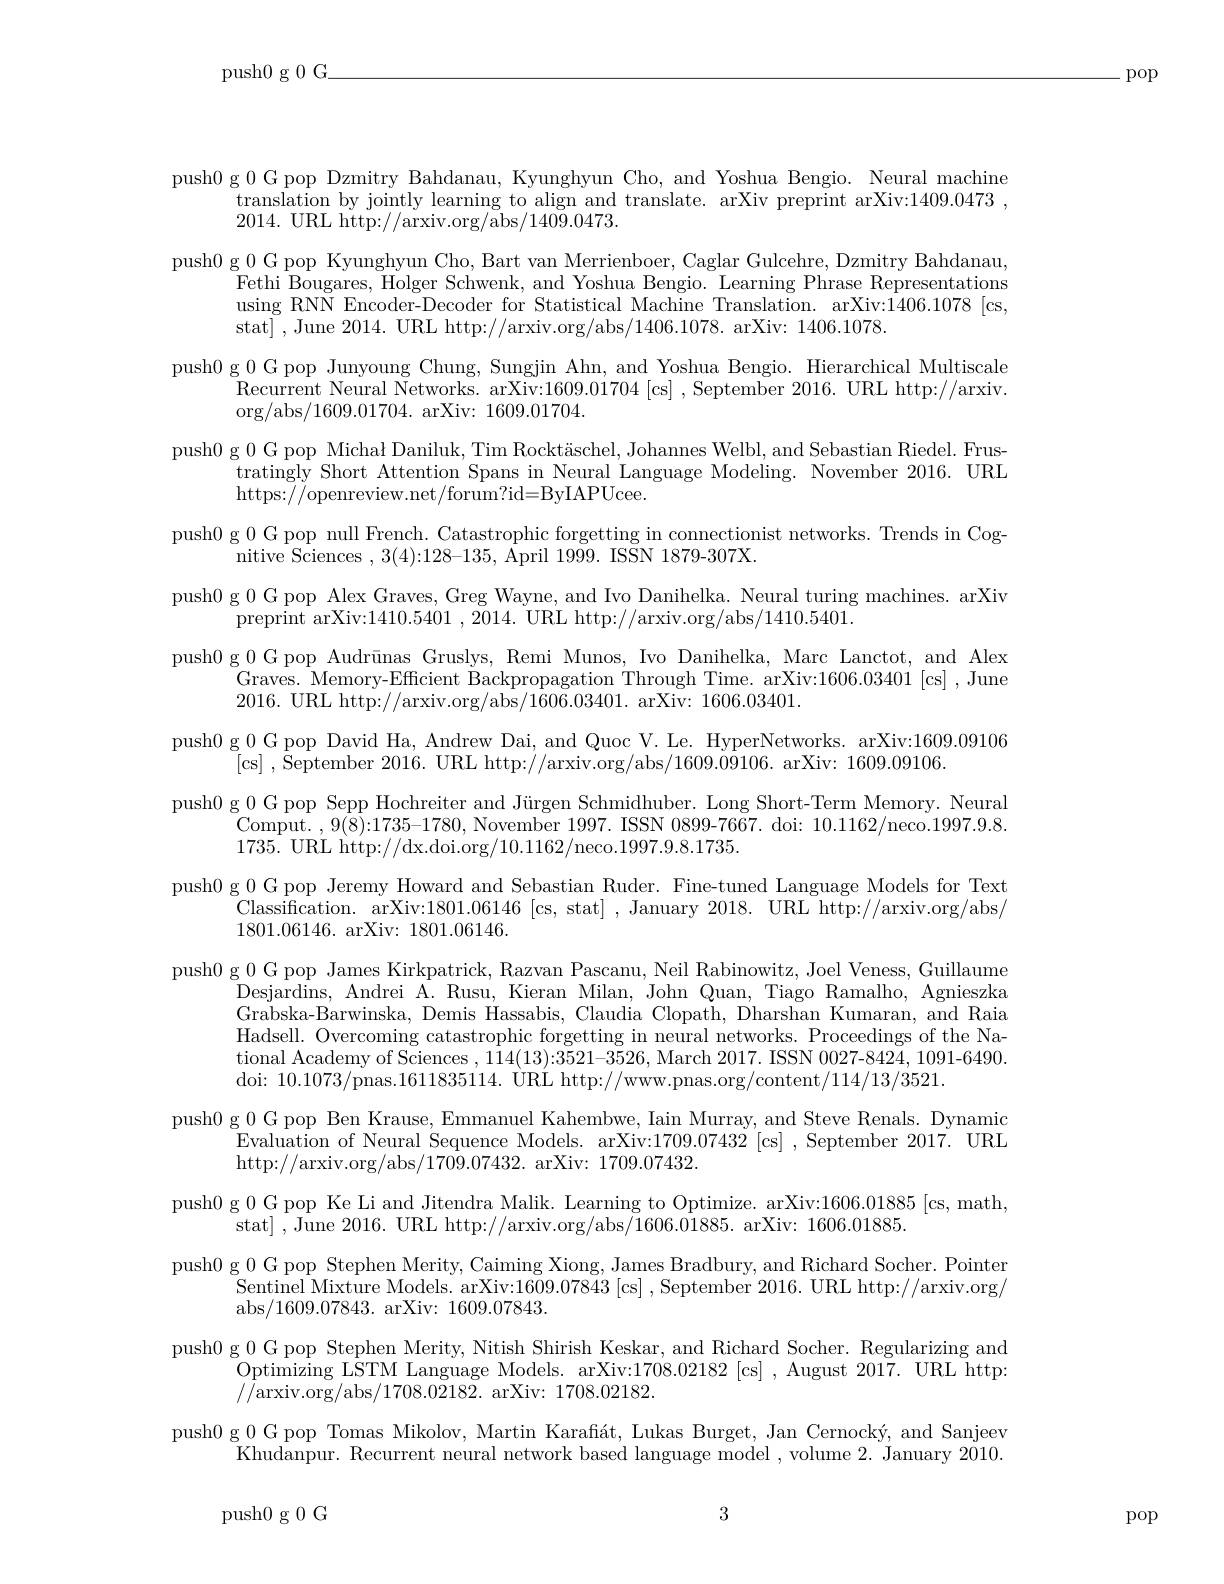
push0g0G\_

pop

push0 g 0 G pop Dzmitry Bahdanau, Kyunghyun Cho, and Yoshua Bengio. Neural machine
translation by jointly learning to align and translate. arXiv preprint arXiv:1409.0473 ,
$2014.{\mathrm{~URL~http://arxiv.org/abs/1409.0473.}}$
push0 g 0 G pop Kyunghyun Cho, Bart van Merrienboer, Caglar Gulcehre, Dzmitry Bahdanau,
Fethi Bougares, Holger Schwenk, and Yoshua Bengio. Learning Phrase Representations using RNN Encoder-Decoder for Statistical Machine Translation. arXiv:1406.1078 [cs, stat] , June 2014. URL http://arxiv.org/abs/1406.1078. arXiv: 1406.1078.
push0 g 0 G pop Junyoung Chung, Sungjin Ahn, and Yoshua Bengio. Hierarchical Multiscale
Recurrent Neural Networks. arXiv:1609.01704 [cs] , September 2016. URL http://arxiv.
$\operatorname{org/abs/1609.01704.}$ arXiv: 1609.01704.
push0 g 0 G pop Michał Daniluk, Tim Rocktäschel, Johannes Welbl, and Sebastian Riedel. Frus-
tratingly Short Attention Spans in Neural Language Modeling. November 2016. URL
https://openreview.net/forum?id=ByIAPUcee.
push0 g 0 G pop null French. Catastrophic forgetting in connectionist networks. Trends in Cog-
nitive Sciences ,3(4):128-135, April 1999. ISSN 1879-307X.
push0 g 0 G pop Alex Graves, Greg Wayne, and Ivo Danihelka. Neural turing machines. arXiv
preprint arXiv:1410.5401 , 2014. URL http://arxiv.org/abs/1410.5401.
push0 g 0 G pop Audrūnas Gruslys, Remi Munos, Ivo Danihelka, Marc Lanctot, and Alex
Graves. Memory-Efficient Backpropagation Through Time. arXiv:1606.03401[cs],June
2016. URL http://arxiv.org/abs/1606.03401. arXiv: 1606.03401.
push0 g 0 G pop David Ha, Andrew Dai, and Quoc V. Le. HyperNetworks. arXiv:1609.09106
[cs] , September 2016. URL http://arxiv.org/abs/1609.09106. arXiv: 1609.09106.
push0 g 0 G pop Sepp Hochreiter and Jürgen Schmidhuber. Long Short-Term Memory. Neural
Comput. ,9(8):1735-1780, November 1997. ISSN 0899-7667. doi: 10.1162/neco.1997.9.8.
1735. URL http://dx.doi.org/10.1162/neco.1997.9.8.1735.
push0 g 0 G pop Jeremy Howard and Sebastian Ruder. Fine-tuned Language Models for Text
Classification. arXiv:1801.06146 [cs, stat] , January 2018. URL http://arxiv.org/abs/
1801.06146. arXiv: 1801.06146.
push0 g 0 G pop James Kirkpatrick, Razvan Pascanu, Neil Rabinowitz, Joel Veness, Guillaume
Desjardins, Andrei A. Rusu, Kieran Milan, John Quan, Tiago Ramalho, Agnieszka Grabska-Barwinska, Demis Hassabis, Claudia Clopath, Dharshan Kumaran, and Raia Hadsell. Overcoming catastrophic forgetting in neural networks. Proceedings of the National Academy of Sciences ,114(13):3521-3526, March 2017. ISSN 0027-8424, 1091-6490. doi: 10.1073/pnas.1611835114. URL http://www.pnas.org/content/114/13/3521.
push0 g 0 G pop Ben Krause, Emmanuel Kahembwe, Iain Murray, and Steve Renals. Dynamic
Evaluation of Neural Sequence Models. arXiv:1709.07432 [cs] , September 2017. URL
http://arxiv.org/abs/1709.07432. arXiv: 1709.07432.
push0 g 0 G pop Ke Li and Jitendra Malik. Learning to Optimize. arXiv:1606.01885 [cs,math,
stat] , June 2016. URL http://arxiv.org/abs/1606.01885. arXiv: 1606.01885.
push0 g 0 G pop Stephen Merity, Caiming Xiong, James Bradbury, and Richard Socher. Pointer
Sentinel Mixture Models. arXiv:1609.07843 [cs] , September 2016. URL http://arxiv.org/
abs/1609.07843. arXiv: 1609.07843.
push0 g 0 G pop Stephen Merity, Nitish Shirish Keskar, and Richard Socher. Regularizing and
Optimizing LSTM Language Models.  arXiv: 1708. 02182 [ cs]  ,  August 2017.  URL http:
$/\bar{\mathrm{/arxiv.org/abs/1708.02182.~arXiv:~1708.02182.}}$
push0 g 0 G pop Tomas Mikolov, Martin Karafiát, Lukas Burget, Jan Cernocký, and Sanjeev
Khudanpur. Recurrent neural network based language model , volume 2. January 2010.
3
push0g0G

pop